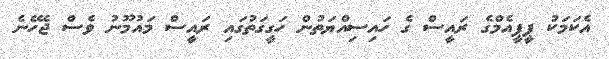
އެކަމަކު ޕީޕީއެމްގެ ރައީސް ގެ ހައިސިއްޔަތުން ހަގީގަތުގައި ރައީސް މައުމޫނު ވެސް ޖެހޭނެ